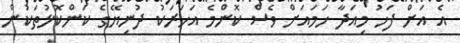
އެ އަށް ފަހު މިއަދާ ހަމައަށް ވެސް ކޮންމެ އަހަރަކު ދުނިޔޭގެ ކަންކޮޅުތަކުން